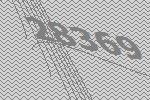
28369